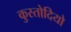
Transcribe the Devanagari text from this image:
कुस्तोदियो